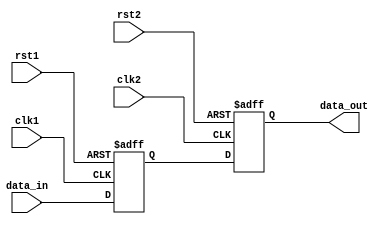
module pulse_synchronizer (
    input wire clk1, // input clock domain 1
    input wire rst1, // reset signal for clock domain 1
    input wire clk2, // input clock domain 2
    input wire rst2, // reset signal for clock domain 2
    input wire data_in, // input data signal
    output reg data_out // synchronized output data signal
);

reg data_sync; // synchronized data signal

always @(posedge clk1 or posedge rst1) begin
    if (rst1) begin
        data_sync <= 1'b0;
    end else begin
        data_sync <= data_in;
    end
end

always @(posedge clk2 or posedge rst2) begin
    if (rst2) begin
        data_out <= 1'b0;
    end else begin
        data_out <= data_sync;
    end
end

endmodule